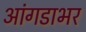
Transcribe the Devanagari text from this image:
आंगडाभर